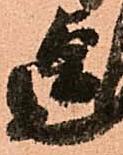
迄